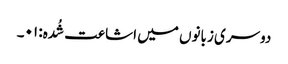
دوسری زبانوں میں اشاعت شُدہ: ۰۱۔